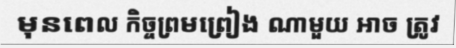
មុនពេល កិច្ចព្រមព្រៀង ណាមួយ អាច ត្រូវ